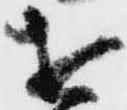
を